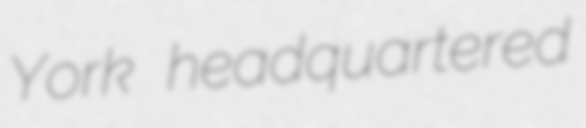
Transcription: York headquartered